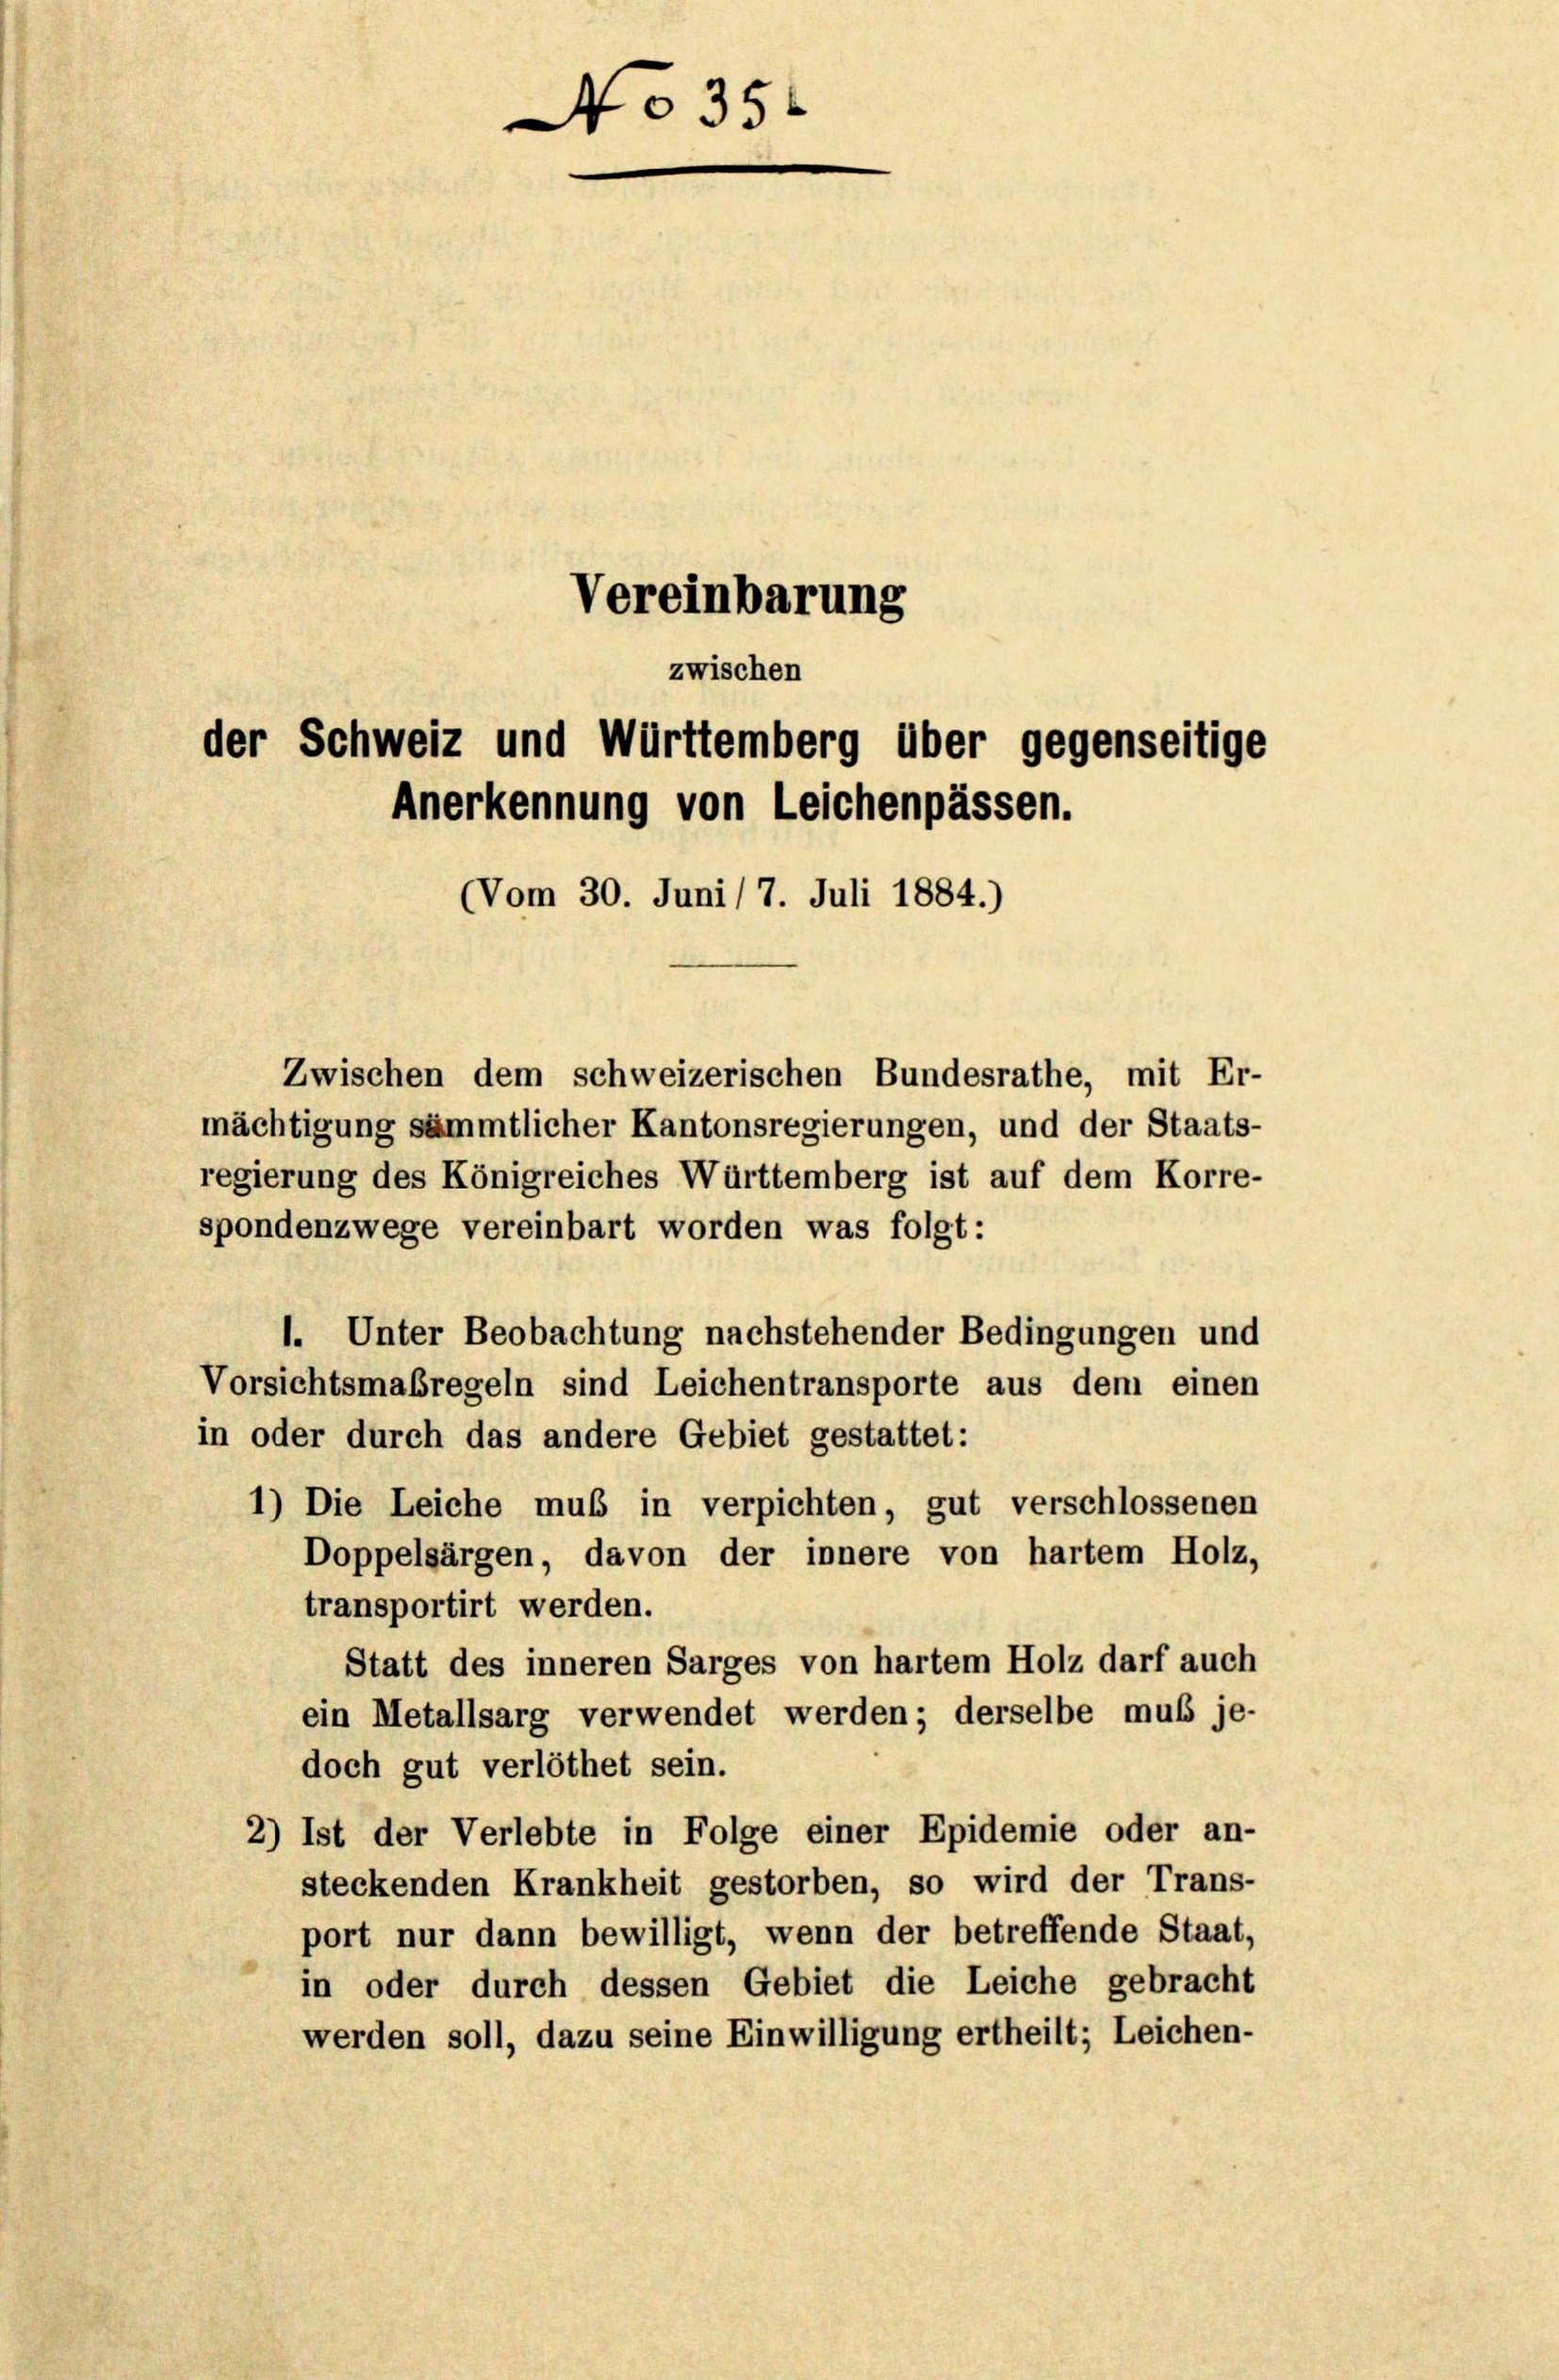
Vereinbarung

zwischen
der Schweiz und Württemberg über gegenseitige
Anerkennung von Leichenpässen.

No 35.

Vom 30. Juni / 7. Juli 1884.)

Zwischen dem schweizerischen Bundesrathe, mit Er-
mächtigung sämmtlicher Kantonsregierungen, und der Staats-
regierung des Königreiches Württemberg ist auf dem Korre-
spondenzwege vereinbart worden was folgt:
1. Unter Beobachtung nachstehender Bedingungen und
Vorsichtsmaßregeln sind Leichentransporte aus dem einen
in oder durch das andere Gebiet gestattet:
1) Die Leiche muß in verpichten, gut verschlossenen
Doppelsärgen, davon der innere von hartem Holz,
transportirt werden.
Statt des inneren Sarges von hartem Holz darf auch
ein Metallsarg verwendet werden; derselbe muß je-
doch gut verlöthet sein.
2) Ist der Verlebte in Folge einer Epidemie oder an-
steckenden Krankheit gestorben, so wird der Trans-
port nur dann bewilligt, wenn der betreffende Staat,
in oder durch dessen Gebiet die Leiche gebracht
werden soll, dazu seine Einwilligung ertheilt; Leichen-